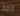
جيد